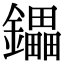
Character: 鑘